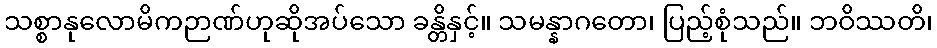
သစ္စာနုလောမိကဉာဏ်ဟုဆိုအပ်သော ခန္တိနှင့်။ သမန္နာဂတော၊ ပြည့်စုံသည်။ ဘဝိဿတိ၊